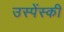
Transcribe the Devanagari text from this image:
उस्पेंस्की